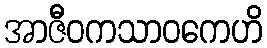
အာဇီဝကသာဝကေဟိ